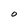
Character: O